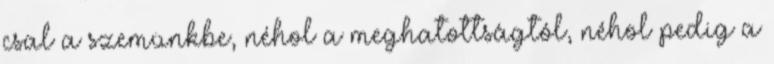
csal a szemünkbe, néhol a meghatottságtól, néhol pedig a